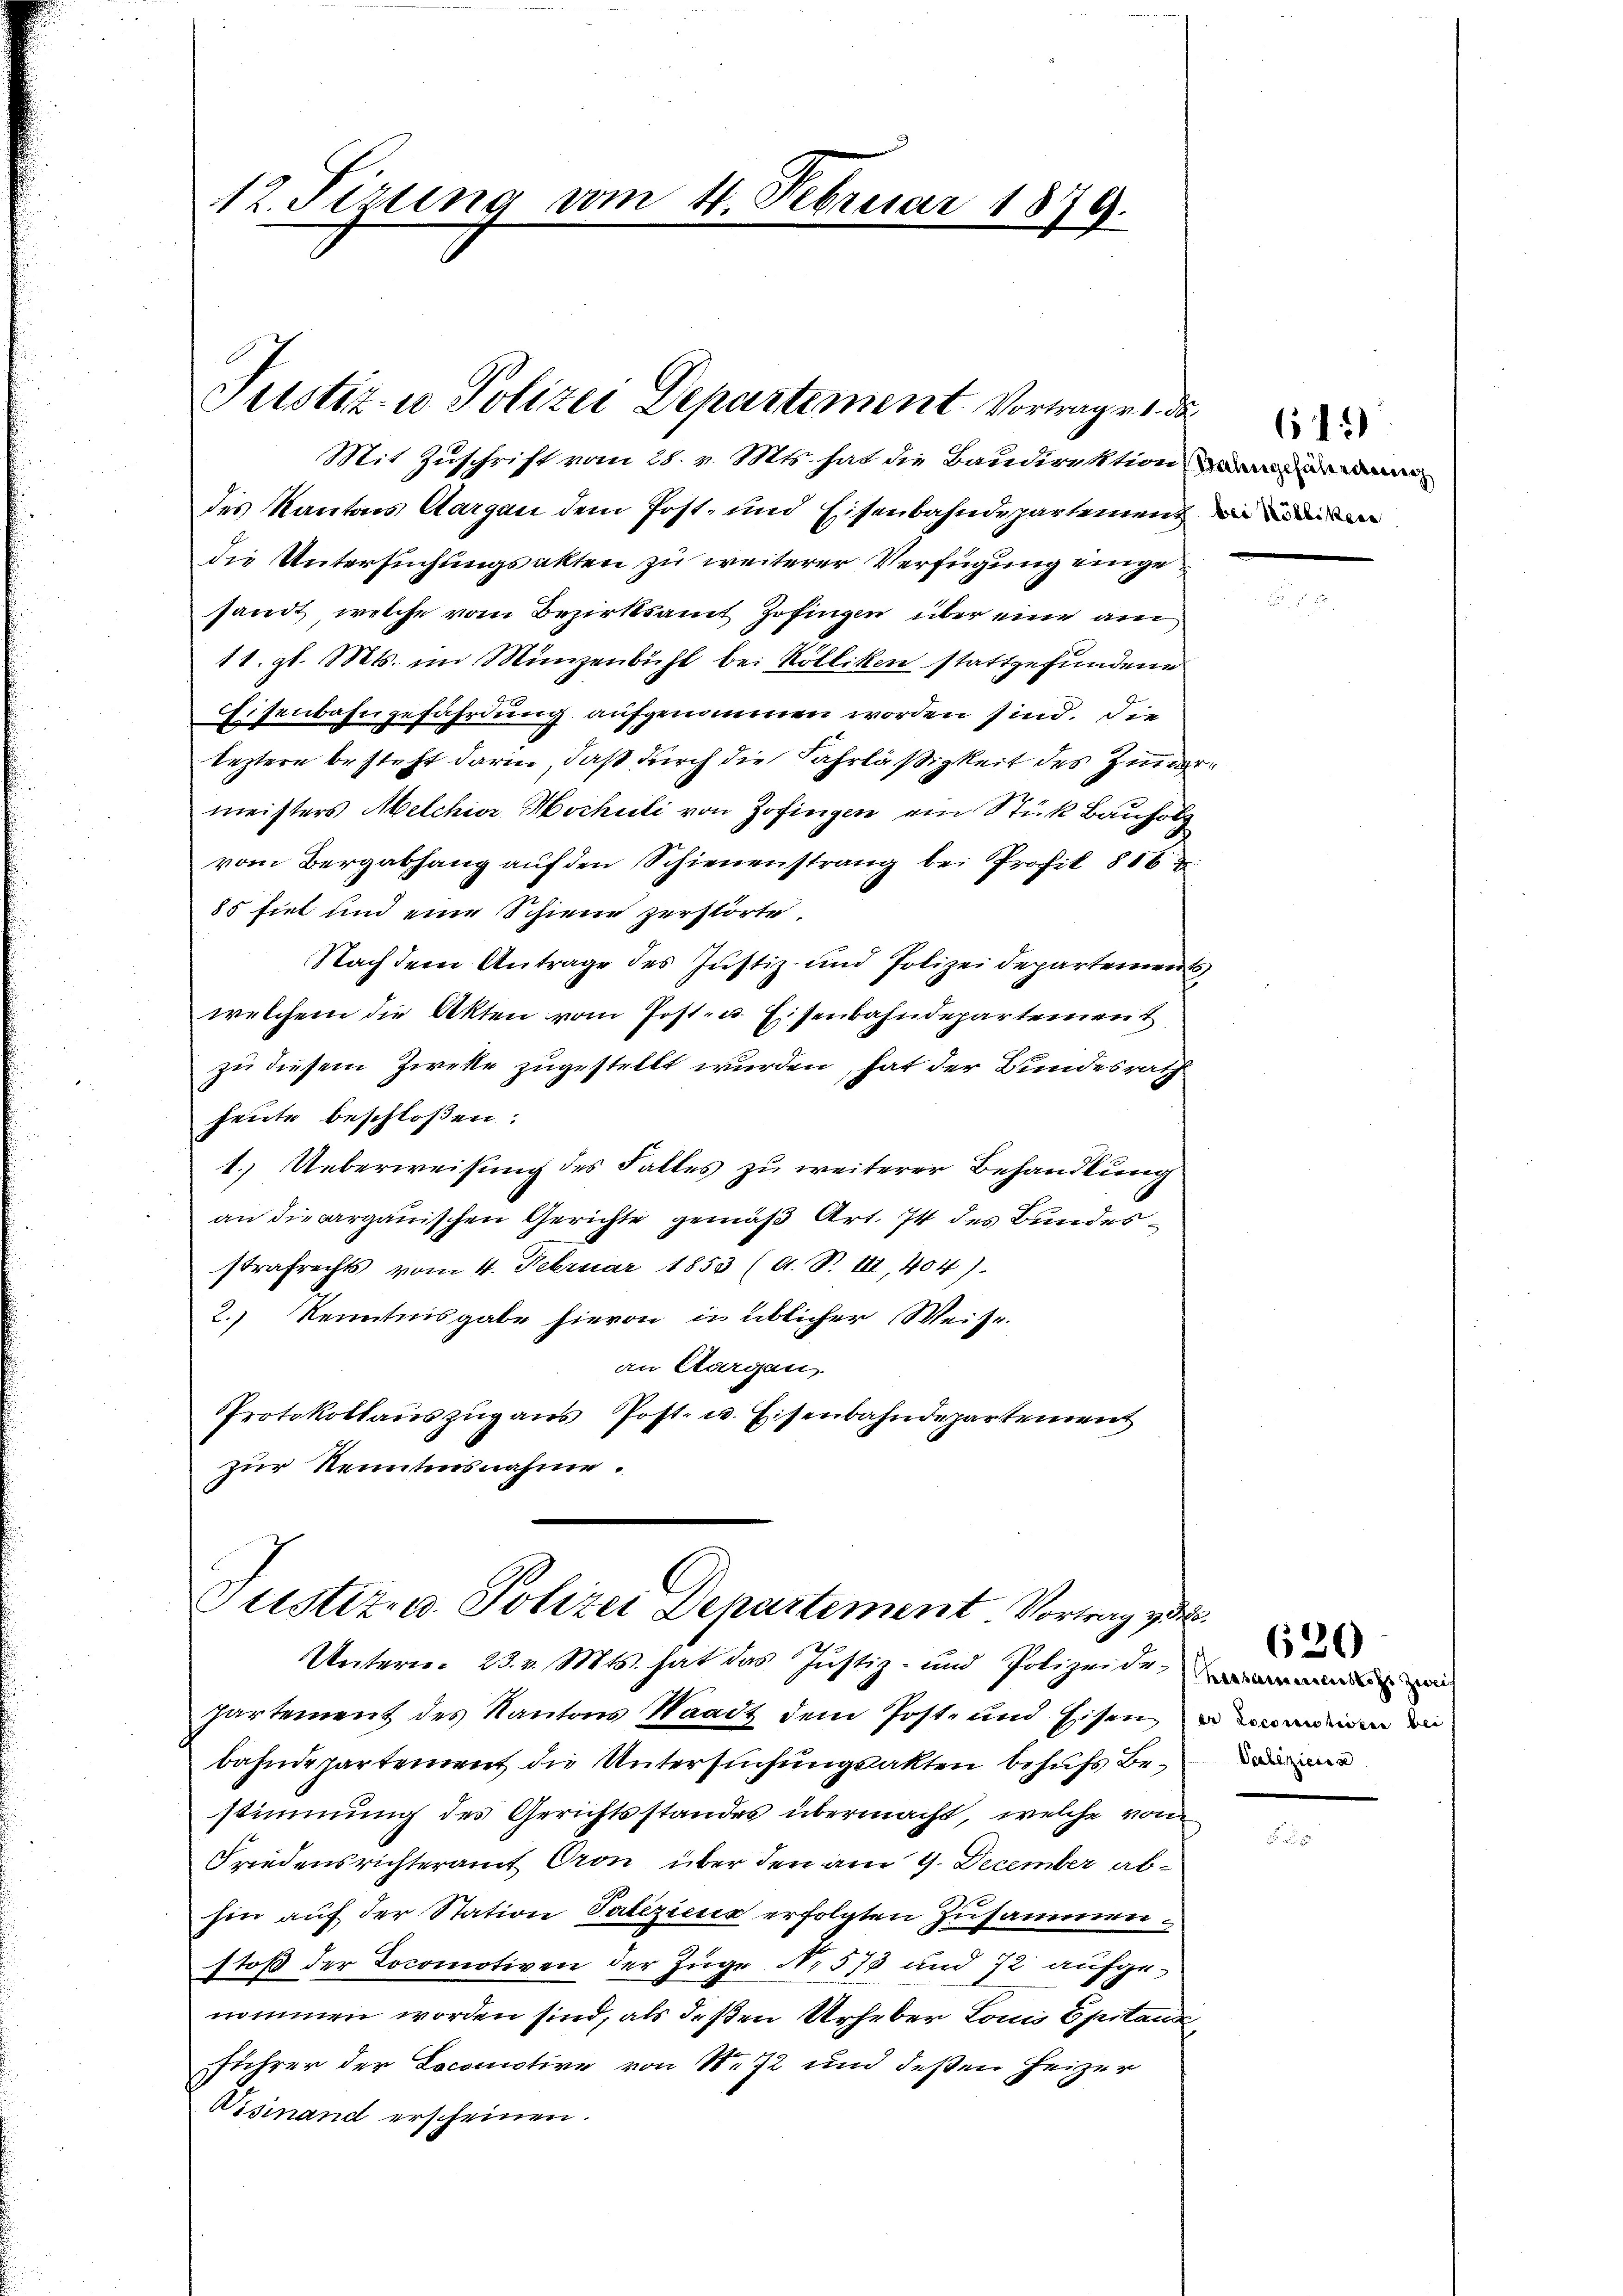
12. Fizung vom 4. Februar 1879.

Justiz- u. Polizei Departement Vortrages de

Justiz- u. Polizei Departement Vortrag zu

Mit Zuschrift vom 28. v. Mts. hat die Baudirektion eine an
des Kantons Aargau dem Post- und Eisenbahndepartement da die
die Untersuchungsakten zu weiterer Verfügung eingesandt, welche vom Bezirksamt Zofingen über eine am
11. gl. Mts. im Münzenbühl bei Kolliken stattgefundene
Eisenbahngefährdung aufgenommen worden sind. Die
leztere besteht darin, daß durch die Fahrläßigkeit des Zinormeisters Melchior Hochuli von Zofingen ein Stück Bauholz
vom Bergabhang aŭf den Schienenstrang bei Profit 816
85 fiel und eine Schiene zerstörte.
Nach dem Antrage des Justiz- und Polizeidepartements
welchem die Akten vom Post- u. Eisenbahndepartement
zu diesem Zieke zugestellt wurden, hat der Bundesrath
heute beschloßen:
1.) Ueberweisung des Falles zu weiterer Behandlung
an die aargauischen Gerichte gemäß Art. 74 des Bundesstrafrechts vom 4. Februar 1853 (A. S. III, 404).
2.) Kenntnisgabe hievon in üblicher Weise.
an Aargau.
Protokollauszug aus Post- u. Eisenbahndepartement
zur Kenntensnahme.

Untern. 23. v. Mts. hat das Justiz- und Polizeide
partement des Kantons Waadt dem Post- und Eisen
bahndepartement die Untersuchungsakten behufs Bestimmung des Gerichtsstandes übermacht, welche von
Friedensrichteramt Oron über den am 9. December abhin auf der Station Valiziers erfolgten Zusammen
stoß der Locomotiven der Zuge No 573 und 72 aufgenommen worden sind, als deßen Urheber Louis Spitande
führer der Locomotive von N. 72 und deßen Heizer
Wisinand erscheinen.

er Locomotivier bei

620